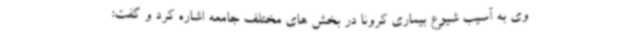
وی به آسیب شیوع بیماری کرونا در بخش های مختلف جامعه اشاره کرد و گفت: